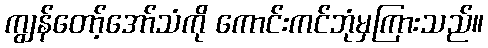
ကျွန်တော့်အော်သံကို ကောင်းကင်ဘုံမှကြားသည်။